Civil Veterinary Dept. North-West Frontier Province 1933-46 - 1933-1946
Year: 1933
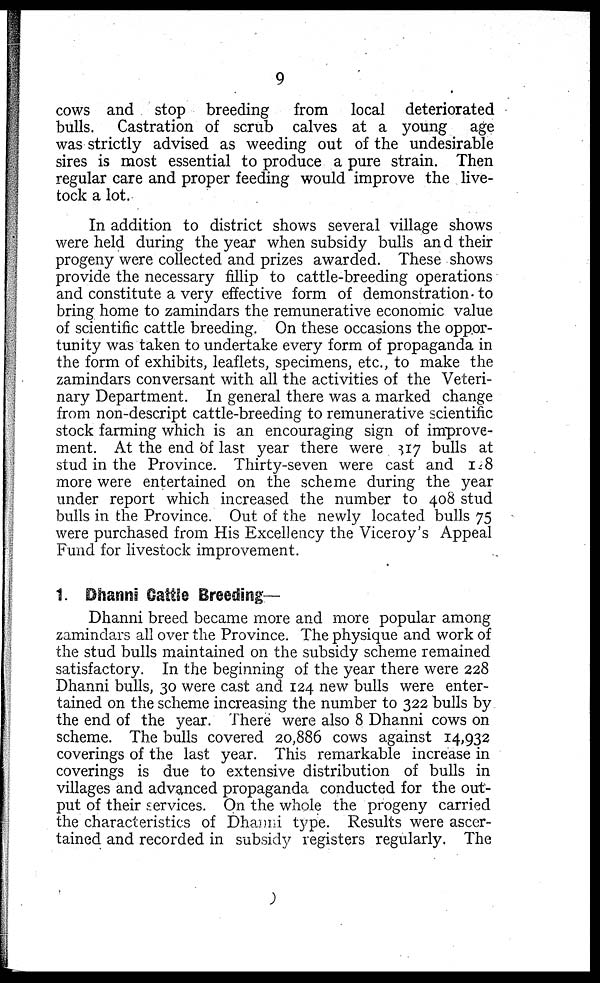
9
cows and stop breeding from local deteriorated
bulls. Castration of scrub calves at a young age
was strictly advised as weeding out of the undesirable
sires is most essential to produce a pure strain. Then
regular care and proper feeding would improve the live-
tock a lot.
In addition to district shows several village shows
were held during the year when subsidy bulls and their
progeny were collected and prizes awarded. These shows
provide the necessary fillip to cattle-breeding operations
and constitute a very effective form of demonstration to
bring home to zamindars the remunerative economic value
of scientific cattle breeding. On these occasions the oppor-
tunity was taken to undertake every form of propaganda in
the form of exhibits, leaflets, specimens, etc., to make the
zamindars conversant with all the activities of the Veteri-
nary Department. In general there was a marked change
from non-descript cattle-breeding to remunerative scientific
stock farming which is an encouraging sign of improve-
ment. At the end of last year there were 817 bulls at
stud in the Province. Thirty-seven were cast and 128
more were entertained on the scheme during the year
under report which increased the number to 408 stud
bulls in the Province. Out of the newly located bulls 75
were purchased from His Excellency the Viceroy's Appeal
Fund for livestock improvement.
1. Dhanni Cattle Breeding—
Dhanni breed became more and more popular among
zamindars all over the Province. The physique and work of
the stud bulls maintained on the subsidy scheme remained
satisfactory. In the beginning of the year there were 228
Dhanni bulls, 30 were cast and 124 new bulls were enter-
tained on the scheme increasing the number to 322 bulls by
the end of the year. There were also 8 Dhanni cows on
scheme. The bulls covered 20,886 cows against 14,932
coverings of the last year. This remarkable increase in
coverings is due to extensive distribution of bulls in
villages and advanced propaganda conducted for the out-
put of their services. On the whole the progeny carried
the characteristics of Dhanni type. Results were ascer-
tained and recorded in subsidy registers regularly. The